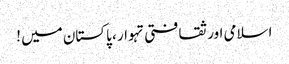
اسلامی اور ثقافتی تہوار ، پاکستان میں !